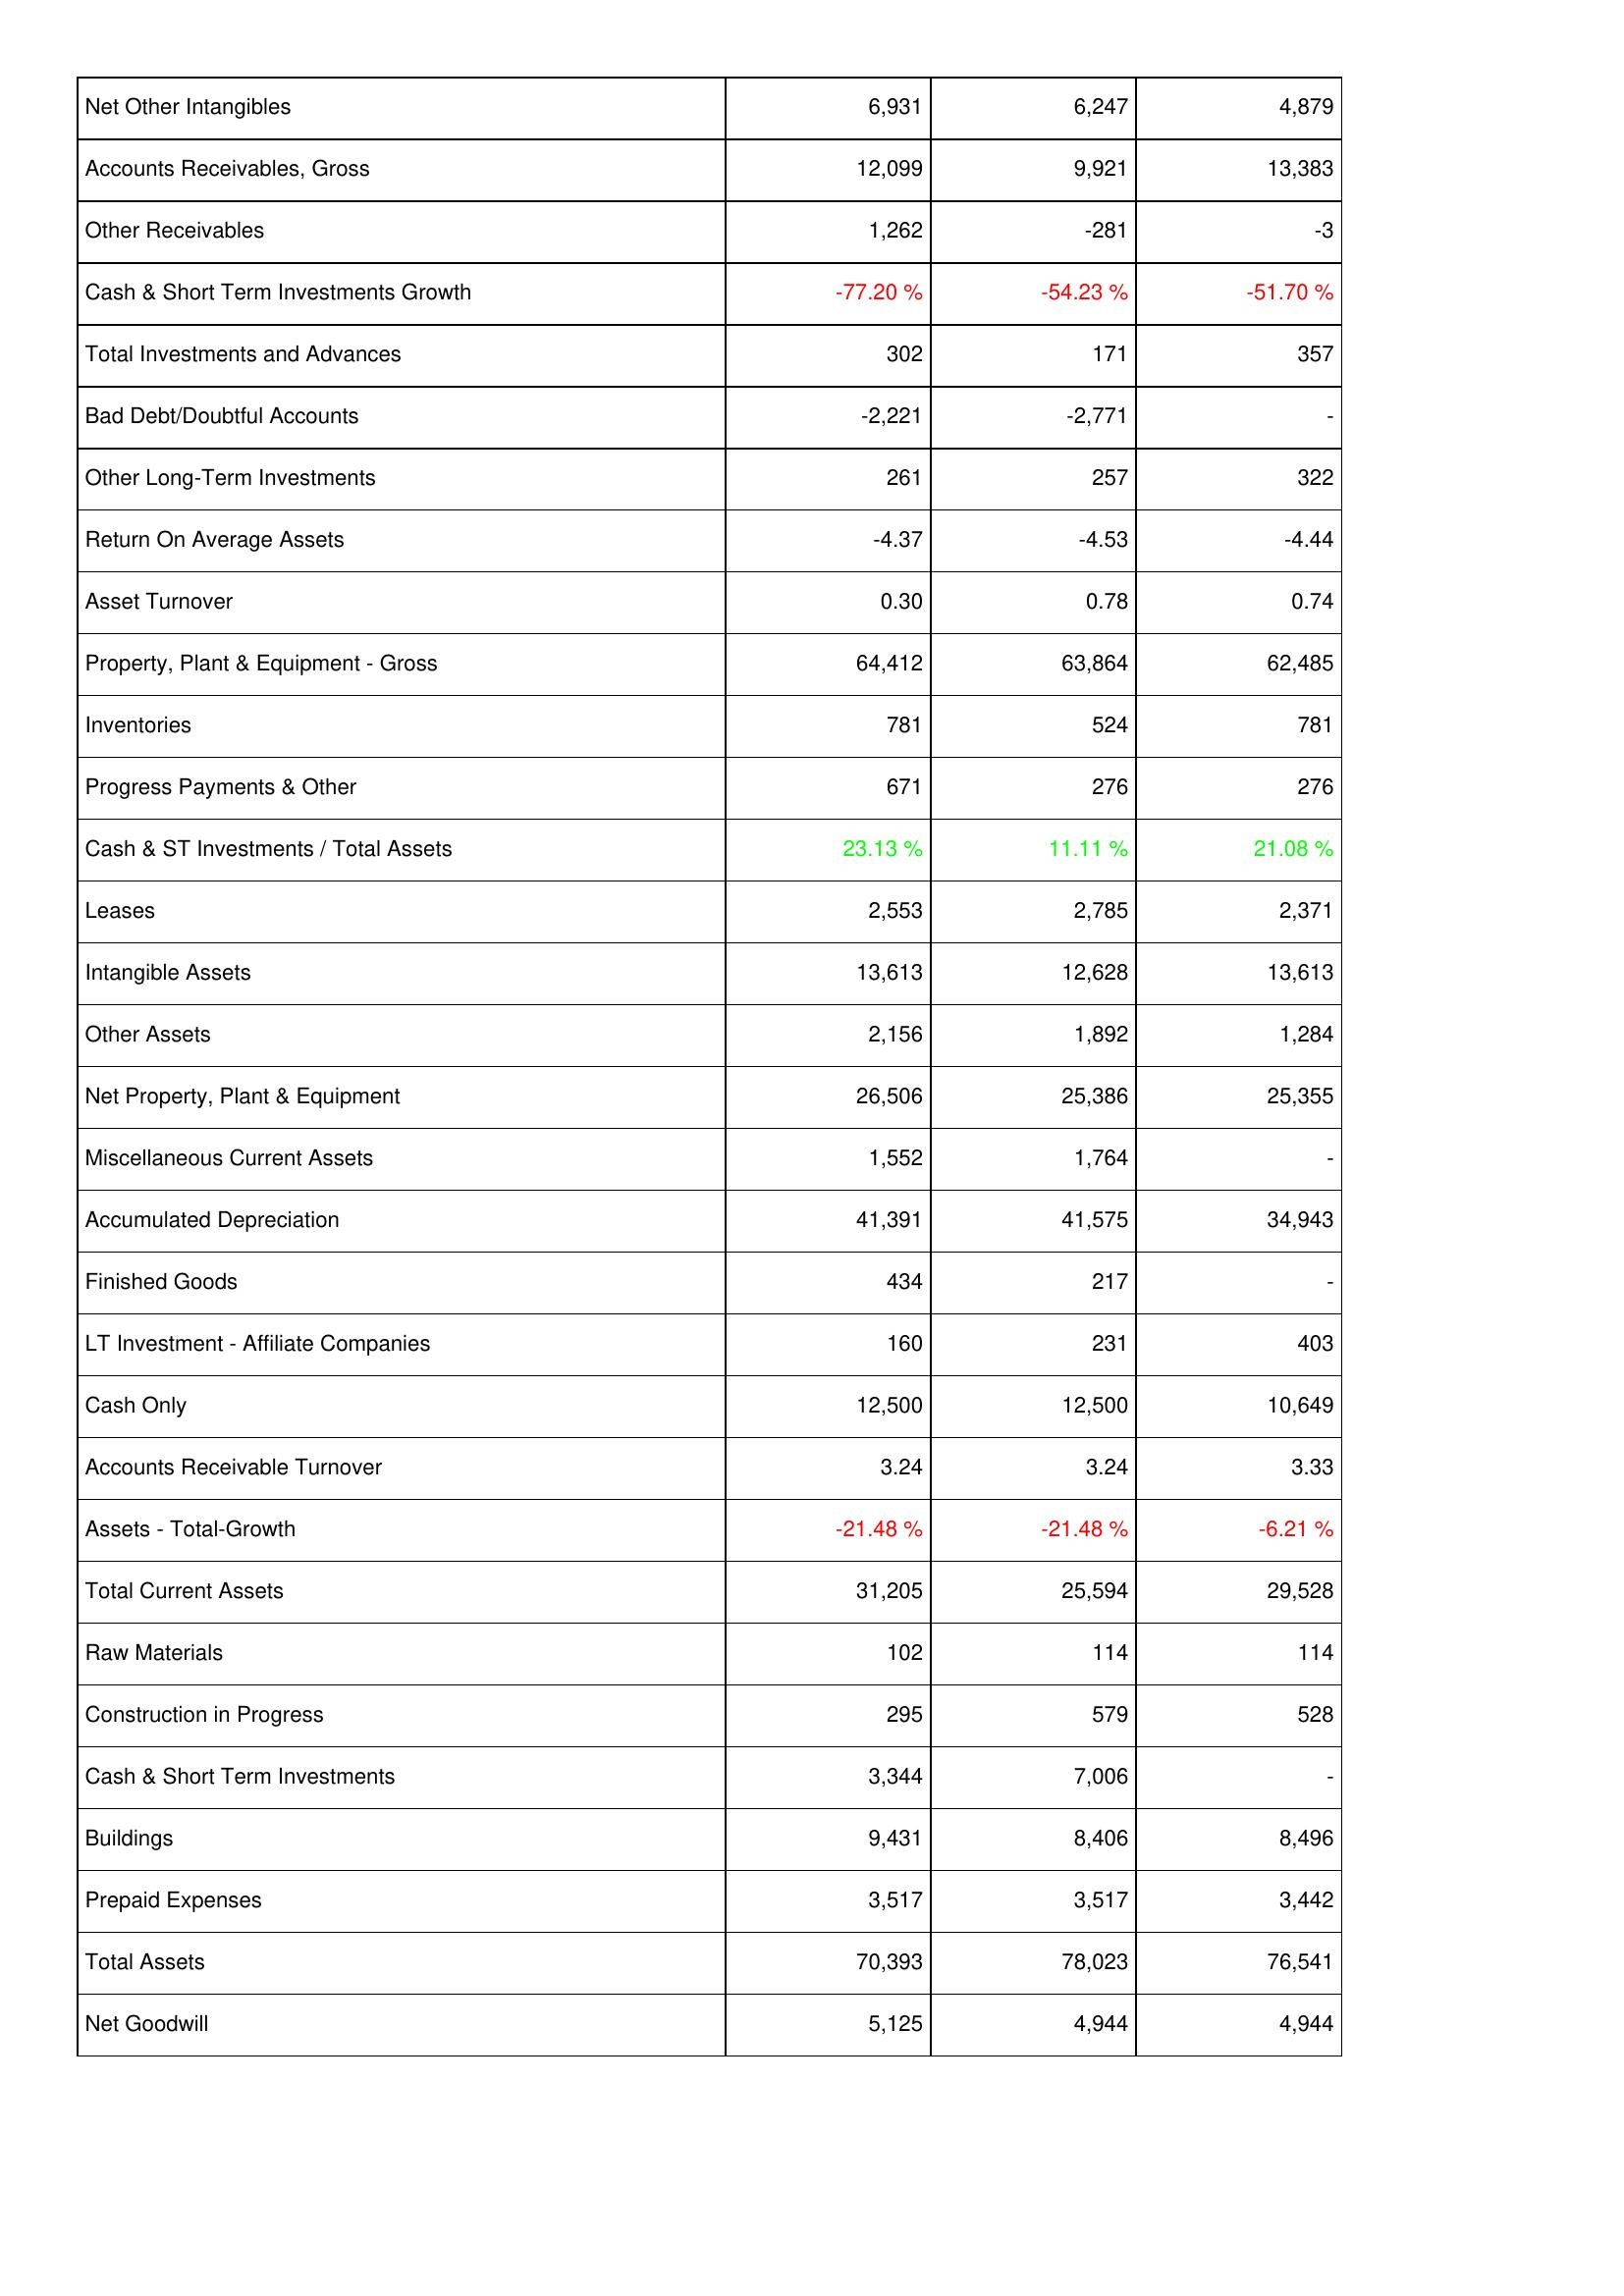
2014: Assets: Net Other Intangibles: 6,931
Accounts Receivables, Gross: 12,099
Other Receivables: 1,262
Cash & Short Term Investments Growth: -77.20 %
Total Investments and Advances: 302
Bad Debt/Doubtful Accounts: -2,221
Other Long-Term Investments: 261
Return On Average Assets: -4.37
Asset Turnover: 0.30
Property, Plant & Equipment - Gross: 64,412
Inventories: 781
Progress Payments & Other: 671
Cash & ST Investments / Total Assets: 23.13 %
Leases: 2,553
Intangible Assets: 13,613
Other Assets: 2,156
Net Property, Plant & Equipment: 26,506
Miscellaneous Current Assets: 1,552
Accumulated Depreciation: 41,391
Finished Goods: 434
LT Investment - Affiliate Companies: 160
Cash Only: 12,500
Accounts Receivable Turnover: 3.24
Assets - Total-Growth: -21.48 %
Total Current Assets: 31,205
Raw Materials: 102
Construction in Progress: 295
Cash & Short Term Investments: 3,344
Buildings: 9,431
Prepaid Expenses: 3,517
Total Assets: 70,393
Net Goodwill: 5,125
2015: Assets: Net Other Intangibles: 6,247
Accounts Receivables, Gross: 9,921
Other Receivables: -281
Cash & Short Term Investments Growth: -54.23 %
Total Investments and Advances: 171
Bad Debt/Doubtful Accounts: -2,771
Other Long-Term Investments: 257
Return On Average Assets: -4.53
Asset Turnover: 0.78
Property, Plant & Equipment - Gross: 63,864
Inventories: 524
Progress Payments & Other: 276
Cash & ST Investments / Total Assets: 11.11 %
Leases: 2,785
Intangible Assets: 12,628
Other Assets: 1,892
Net Property, Plant & Equipment: 25,386
Miscellaneous Current Assets: 1,764
Accumulated Depreciation: 41,575
Finished Goods: 217
LT Investment - Affiliate Companies: 231
Cash Only: 12,500
Accounts Receivable Turnover: 3.24
Assets - Total-Growth: -21.48 %
Total Current Assets: 25,594
Raw Materials: 114
Construction in Progress: 579
Cash & Short Term Investments: 7,006
Buildings: 8,406
Prepaid Expenses: 3,517
Total Assets: 78,023
Net Goodwill: 4,944
2016: Assets: Net Other Intangibles: 4,879
Accounts Receivables, Gross: 13,383
Other Receivables: -3
Cash & Short Term Investments Growth: -51.70 %
Total Investments and Advances: 357
Bad Debt/Doubtful Accounts: -
Other Long-Term Investments: 322
Return On Average Assets: -4.44
Asset Turnover: 0.74
Property, Plant & Equipment - Gross: 62,485
Inventories: 781
Progress Payments & Other: 276
Cash & ST Investments / Total Assets: 21.08 %
Leases: 2,371
Intangible Assets: 13,613
Other Assets: 1,284
Net Property, Plant & Equipment: 25,355
Miscellaneous Current Assets: -
Accumulated Depreciation: 34,943
Finished Goods: -
LT Investment - Affiliate Companies: 403
Cash Only: 10,649
Accounts Receivable Turnover: 3.33
Assets - Total-Growth: -6.21 %
Total Current Assets: 29,528
Raw Materials: 114
Construction in Progress: 528
Cash & Short Term Investments: -
Buildings: 8,496
Prepaid Expenses: 3,442
Total Assets: 76,541
Net Goodwill: 4,944